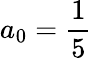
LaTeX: a_{0}=\frac{1}{5}